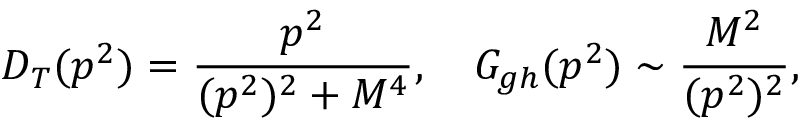
D _ { T } ( p ^ { 2 } ) = { \frac { p ^ { 2 } } { ( p ^ { 2 } ) ^ { 2 } + M ^ { 4 } } } , \quad G _ { g h } ( p ^ { 2 } ) \sim { \frac { M ^ { 2 } } { ( p ^ { 2 } ) ^ { 2 } } } ,